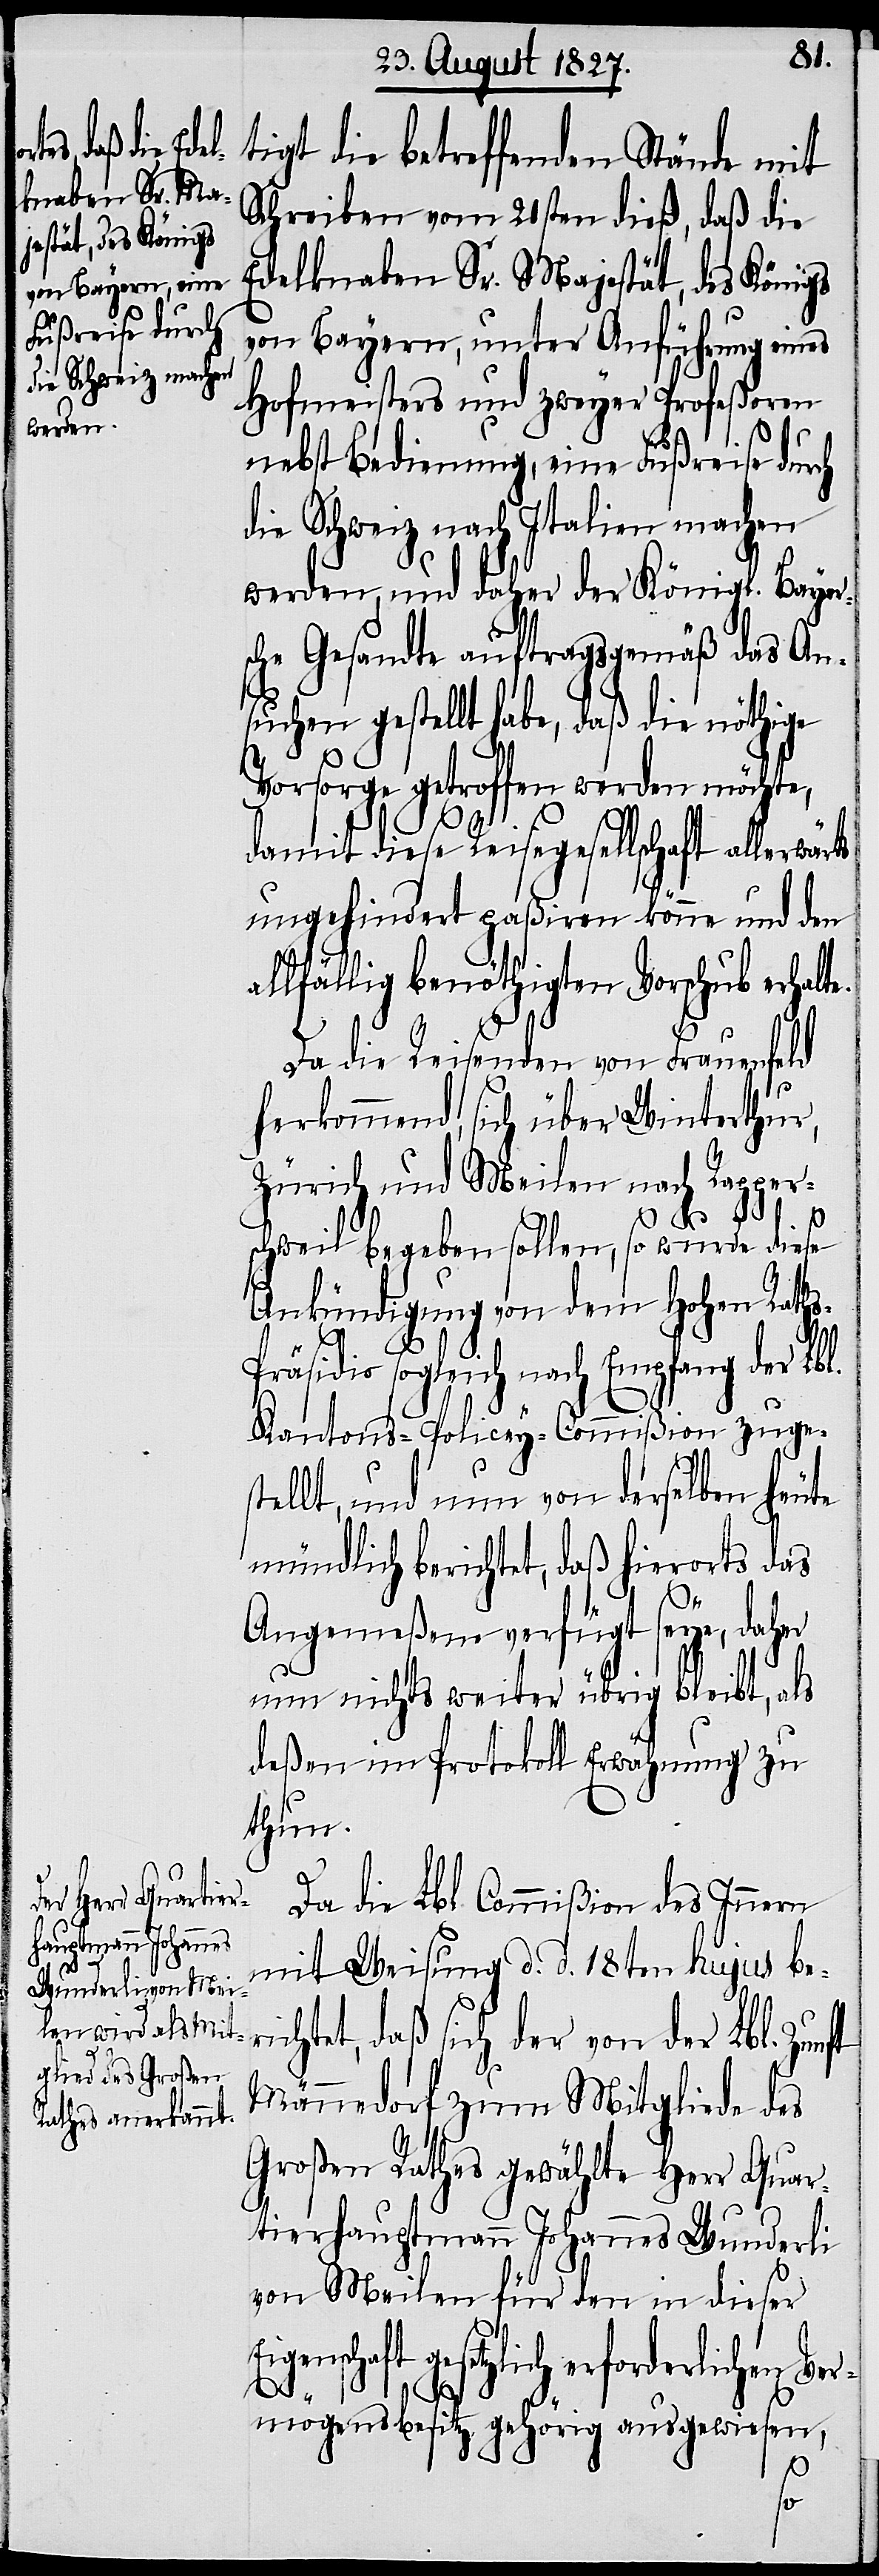
tigt die betreffenden Stände mit
Schreiben vom 21sten dieß, daß die
Edelknaben Sr. Majestät, des Königs
von Bayern, unter Anführung eines
Hofmeisters und zweyer Profeßoren
nebst Bedienung, eine Fußreise durch
die Schweiz nach Italien machen
werden, und daher der Königl. Bayer¬
sche Gesandte auftragsgemäß das An¬
suchen gestellt habe, daß die nöthige
Vorsorge getroffen werden möchte,
damit diese Reisegesellschaft allerwärts
ungehindert paßiren könne und den
allfällig benöthigten Vorschub erhalt¬
Da die Reisenden von Frauenfeld
herkommend, sich über Winterthur,
Zürich und Meilen nach Rapper¬
s-P¬
schweil begeben sollen, so wurde diese
Ankündigung von dem Hohen Rath¬
räsidio sogleich nach Empfang der Lbl.
Kantons-Policey-Commißion zuges¬
tellt, und nun von derselben heute
mündlich berichtet, daß hierorts das
Angemeßene verfügt seye, daher
nun nichts weiter übrig bleibt, als
deßen im Protokoll Erwähnung zu
thun.
Da die Lbl. Commißion des Innern
mit Weisung d. d. 18ten hujus ber¬
ichtet, daß sich der von der Lbl. Zun¬
Männedorf zum Mitgliede des
Großen Rathes gewählte Herr Quar¬
tierhauptmann Johannes Wunderli
von Meilen für den in dieser
Eigenschaft gesetzlich erforderlichen Ver¬
mögensbesitz gehörig ausgewiesen,
ft